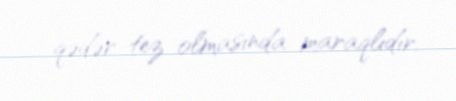
qədər tez olmasında maraqlıdır.